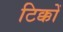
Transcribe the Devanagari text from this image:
टिक्कों